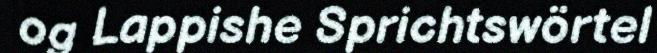
og Lappishe Sprichtswörtel